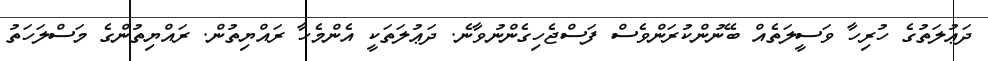
ދަޢުލަތުގެ ހުރިހާ ވަސީލަތެއް ބޭނުންކުރަންވެސް ފަސްޖެހިގެންނުވާނެ. ދަޢުލަތަކީ އެންމެހާ ރައްޔިތުން. ރައްޔިތުންގެ މަސްލަހަތު